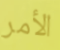
الأمر